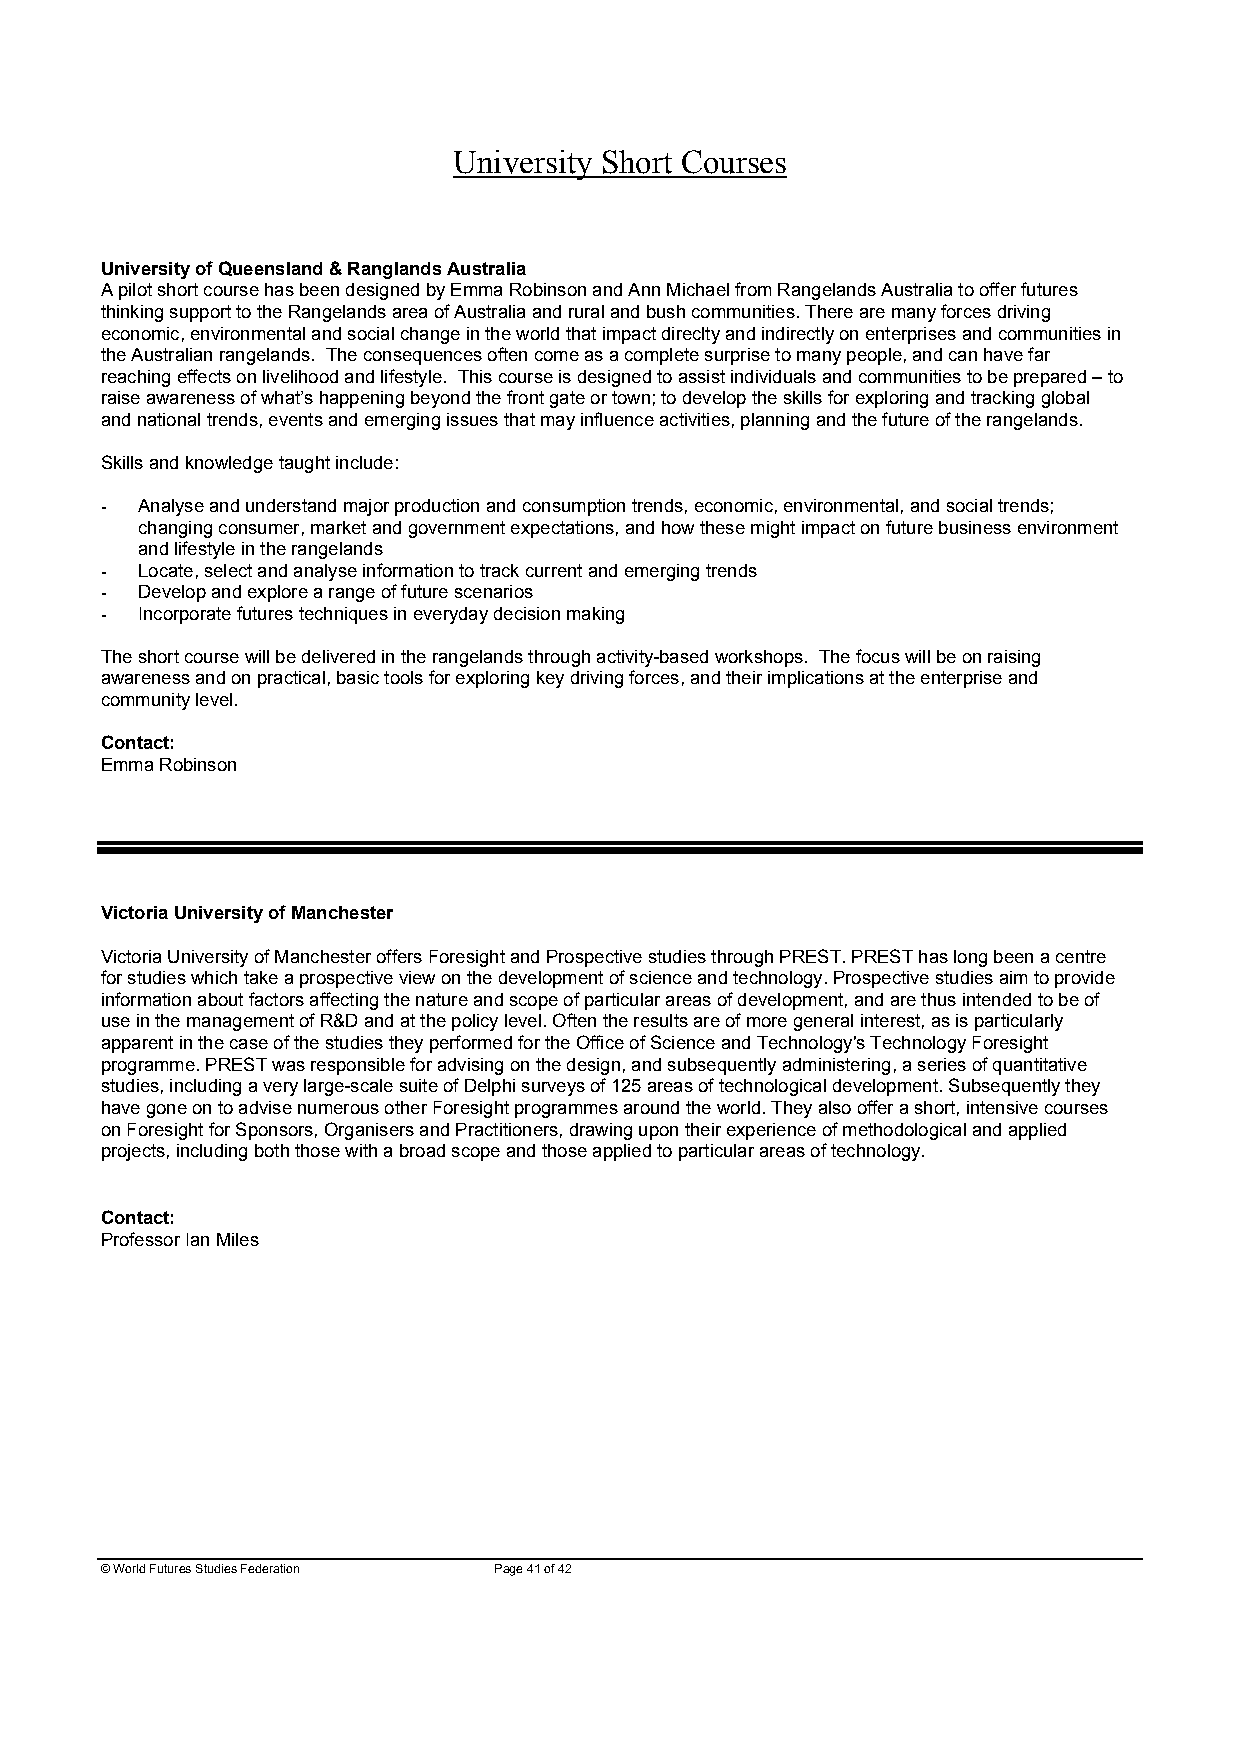
University Short Courses
 University of Queensland & Ranglands Australia
 A pilot short course has been designed by Emma Robinson and Ann Michael from Rangelands Australia to offer futures
 thinking support to the Rangelands area of Australia and rural and bush communities. There are many forces driving
 economic, environmental and social change in the world that impact direclty and indirectly on enterprises and communities in
 the Australian rangelands. The consequences often come as a complete surprise to many people, and can have far
 reaching effects on livelihood and lifestyle. This course is designed to assist individuals and communities to be prepared – to
 raise awareness of what’s happening beyond the front gate or town; to develop the skills for exploring and tracking global
 and national trends, events and emerging issues that may influence activities, planning and the future of the rangelands.
 Skills and knowledge taught include:
 - Analyse and understand major production and consumption trends, economic, environmental, and social trends;
 changing consumer, market and government expectations, and how these might impact on future business environment
 and lifestyle in the rangelands
 - Locate, select and analyse information to track current and emerging trends
 - Develop and explore a range of future scenarios
 - Incorporate futures techniques in everyday decision making
 The short course will be delivered in the rangelands through activity-based workshops. The focus will be on raising
 awareness and on practical, basic tools for exploring key driving forces, and their implications at the enterprise and
 community level.
 Contact:
 Emma Robinson
 Victoria University of Manchester
 Victoria University of Manchester offers Foresight and Prospective studies through PREST. PREST has long been a centre
 for studies which take a prospective view on the development of science and technology. Prospective studies aim to provide
 information about factors affecting the nature and scope of particular areas of development, and are thus intended to be of
 use in the management of R&D and at the policy level. Often the results are of more general interest, as is particularly
 apparent in the case of the studies they performed for the Office of Science and Technology's Technology Foresight
 programme. PREST was responsible for advising on the design, and subsequently administering, a series of quantitative
 studies, including a very large-scale suite of Delphi surveys of 125 areas of technological development. Subsequently they
 have gone on to advise numerous other Foresight programmes around the world. They also offer a short, intensive courses
 on Foresight for Sponsors, Organisers and Practitioners, drawing upon their experience of methodological and applied
 projects, including both those with a broad scope and those applied to particular areas of technology.
 Contact:
 Professor Ian Miles
 © World Futures Studies Federation Page 41 of 42